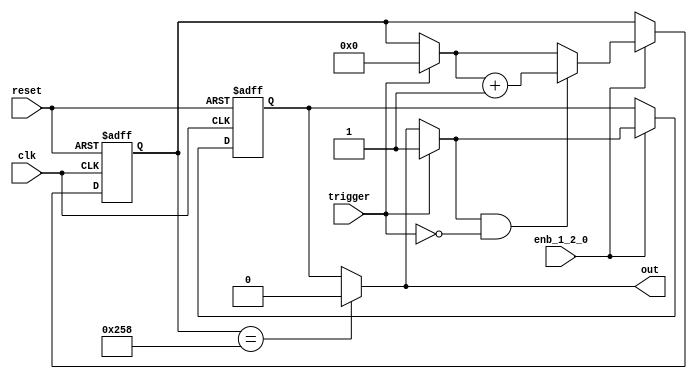
// -------------------------------------------------------------
// 
// 
// Generated by MATLAB 9.13 and HDL Coder 4.0
// 
// -------------------------------------------------------------


// -------------------------------------------------------------
// 
// Module: whdlOFDMTx_MATLAB_Function4
// Source Path: whdlOFDMTx/Frame Controller and Input Sampler/Enable Header and Preamble /MATLAB Function4
// Hierarchy Level: 4
// 
// -------------------------------------------------------------

`timescale 1 ns / 1 ns

module whdlOFDMTx_MATLAB_Function4
          (clk,
           reset,
           enb_1_2_0,
           trigger,
           out);


  input   clk;
  input   reset;
  input   enb_1_2_0;
  input   trigger;
  output  out;


  reg  out_1;
  reg [9:0] count;  // ufix10
  reg  state;
  reg [9:0] count_next;  // ufix10
  reg  state_next;
  reg [9:0] count_temp;  // ufix10
  reg  state_temp;


  always @(posedge clk or posedge reset)
    begin : MATLAB_Function4_process
      if (reset == 1'b1) begin
        count <= 10'b0000000000;
        state <= 1'b0;
      end
      else begin
        if (enb_1_2_0) begin
          count <= count_next;
          state <= state_next;
        end
      end
    end

  always @(count, state, trigger) begin
    count_temp = count;
    state_temp = state;
    // %% Executes in next clock cycle
    if (count == 10'b1001011000) begin
      state_temp = 1'b0;
    end
    out_1 = state_temp;
    // %% Executes in current clock cycle
    if (trigger) begin
      state_temp = 1'b1;
      count_temp = 10'b0000000000;
    end
    if (state_temp && ( ! trigger)) begin
      count_temp = count_temp + 10'b0000000001;
    end
    count_next = count_temp;
    state_next = state_temp;
  end



  assign out = out_1;

endmodule  // whdlOFDMTx_MATLAB_Function4